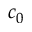
c _ { 0 }